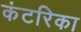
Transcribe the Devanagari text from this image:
कंटरिका